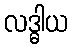
လဒ္ဓါယ